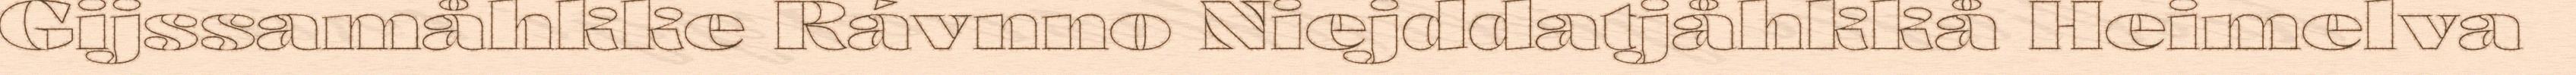
Gijssamåhkke Rávnno Niejddatjåhkkå Heimelva